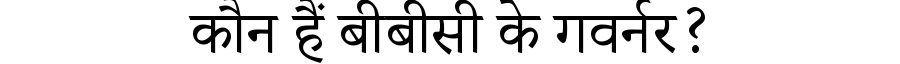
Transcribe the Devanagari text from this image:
कौन हैं बीबीसी के गवर्नर?